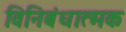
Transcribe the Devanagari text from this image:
विनिबंधात्मक